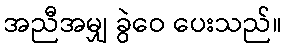
အညီအမျှ ခွဲဝေ ပေးသည်။